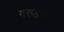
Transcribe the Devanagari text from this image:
गरुडस्वार